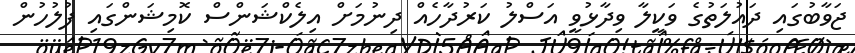
ޖަވާބުގައި ދައުލަތުގެ ވަކީލާ ވިދާޅުވީ އަސްލު ކަރުދާހެއް ދިނުމަށް އިލެކްޝަންސް ކޮމިޝަންގައި ފުލުހުން